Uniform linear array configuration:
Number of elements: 16
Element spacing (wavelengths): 0.25
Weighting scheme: uniform
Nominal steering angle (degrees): -30
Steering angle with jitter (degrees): -31.204
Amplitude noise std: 0.05
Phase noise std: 0.05

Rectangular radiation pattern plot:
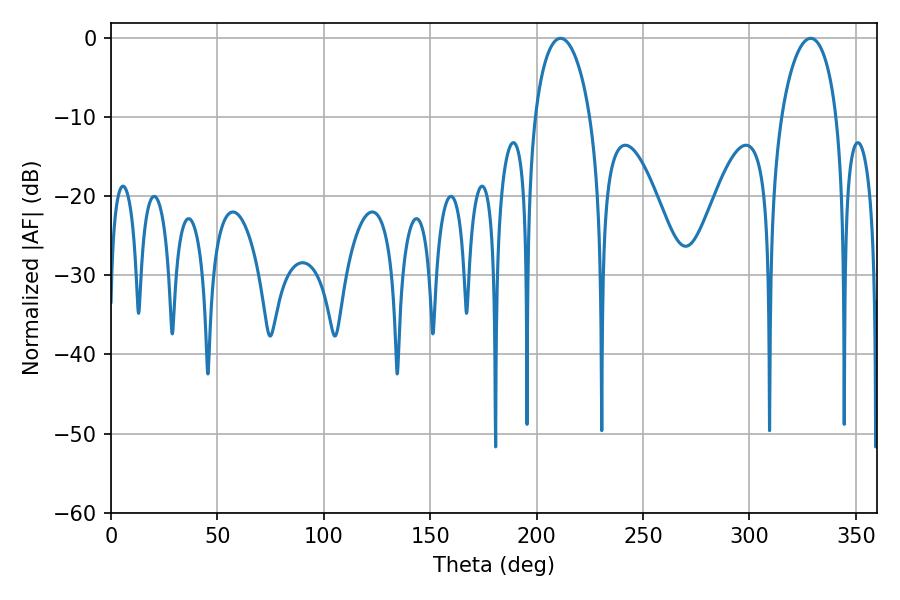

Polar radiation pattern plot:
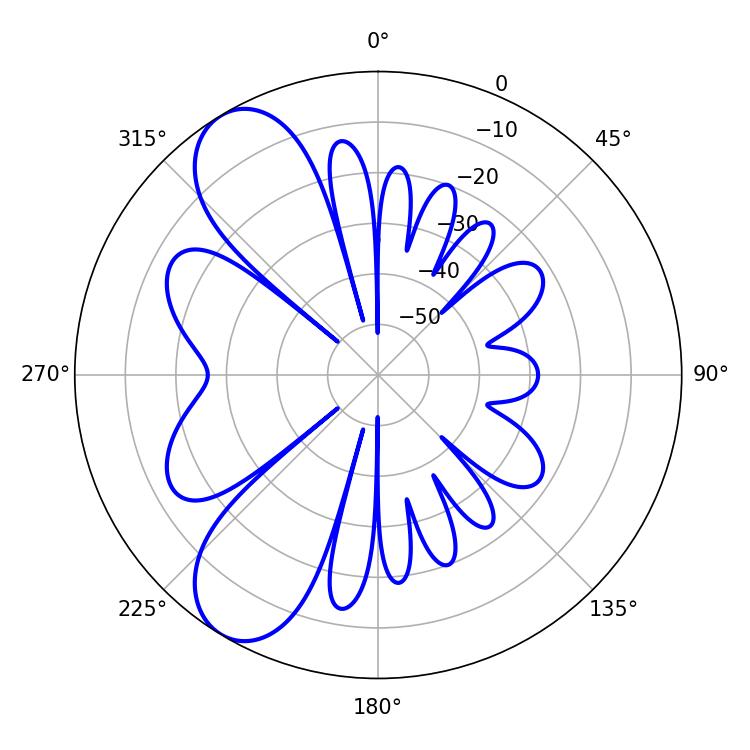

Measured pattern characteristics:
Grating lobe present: FALSE
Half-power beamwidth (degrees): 14.94
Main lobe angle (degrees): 211.32